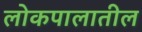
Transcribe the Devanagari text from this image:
लोकपालातील